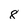
Character: 8